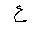
Letter: _ayn